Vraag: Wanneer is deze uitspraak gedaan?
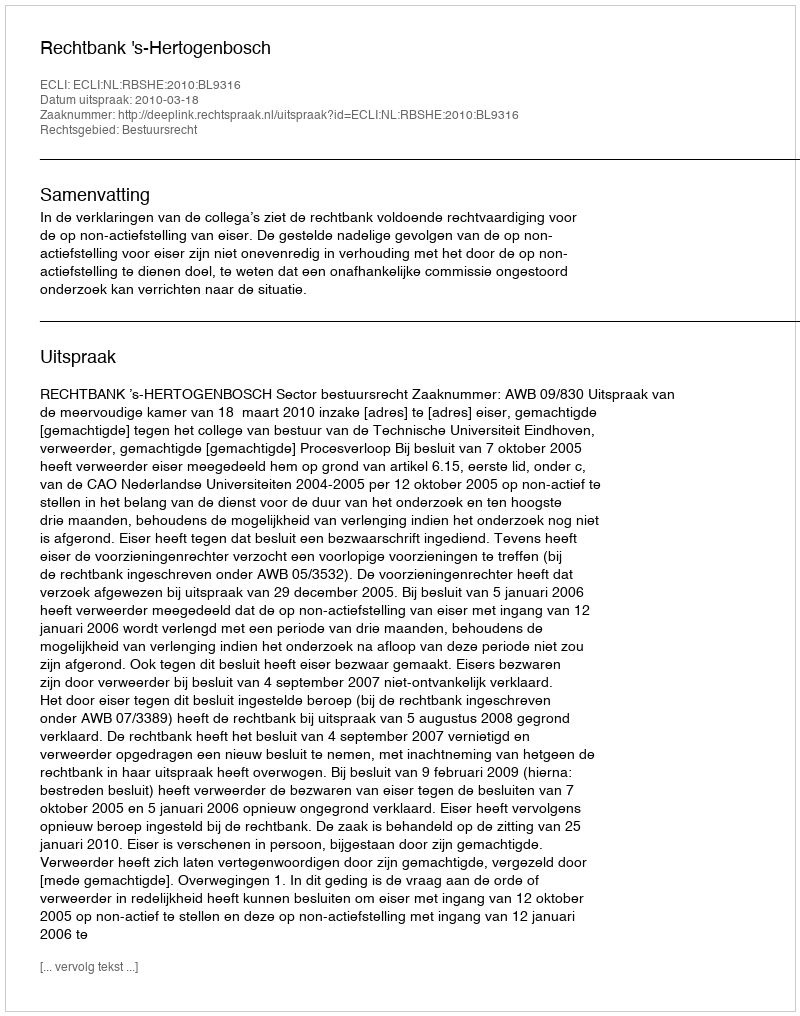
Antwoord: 2010-03-18